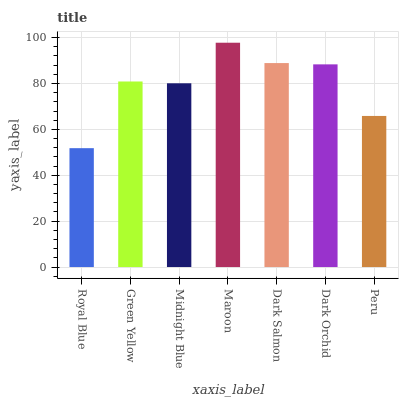
| xaxis_label | bars |
 | --- | --- |
 | Royal Blue | 51.8 |
 | Green Yellow | 80.9 |
 | Midnight Blue | 80.1 |
 | Maroon | 97.8 |
 | Dark Salmon | 88.9 |
 | Dark Orchid | 88.4 |
 | Peru | 65.9 |